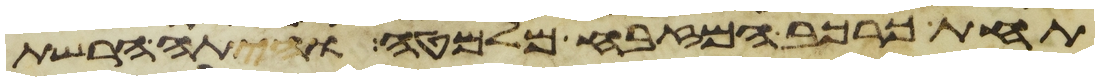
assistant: תחת כרכב המזבח מלמטה והיתה הרשת